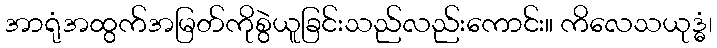
အာရုံအထွက်အမြတ်ကိုစွဲယူခြင်းသည်လည်းကောင်း။ ကိလေသယုဒ္ဓံ၊